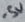
Text: -5V